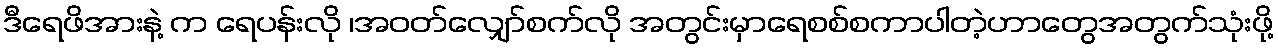
ဒီရေဖိအားနဲ့ က ရေပန်းလို ၊အဝတ်လျှော်စက်လို အတွင်းမှာရေစစ်စကာပါတဲ့ဟာတွေအတွက်သုံးဖို့